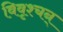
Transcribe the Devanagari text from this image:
विवृश्चन्